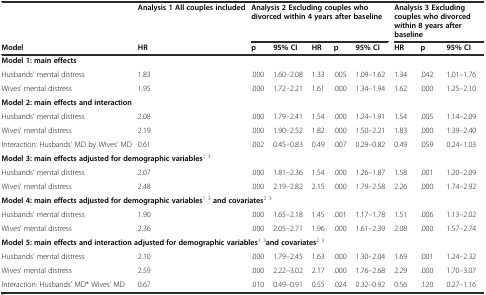
<table><thead><tr><td></td><td><b>Analysis 1 All couples included</b></td><td colspan="5"><b>Analysis 2 Excluding couples who divorced within 4 years after baseline</b></td><td colspan="3"><b>Analysis 3 Excluding couples who divorced within 8 years after baseline</b></td></tr><tr><td><b>Model</b></td><td><b>HR</b></td><td><b>p</b></td><td><b>95% CI</b></td><td><b>HR</b></td><td><b>p</b></td><td><b>95% CI</b></td><td><b>HR</b></td><td><b>p</b></td><td><b>95% CI</b></td></tr></thead><tbody><tr><td colspan="10"><b>Model 1: main effects</b></td></tr><tr><td>Husbands’ mental distress</td><td>1.83</td><td>.000</td><td>1.60–2.08</td><td>1.33</td><td>.005</td><td>1.09–1.62</td><td>1.34</td><td>.042</td><td>1.01–1.76</td></tr><tr><td>Wives’ mental distress</td><td>1.95</td><td>.000</td><td>1.72–2.21</td><td>1.61</td><td>.000</td><td>1.34–1.94</td><td>1.62</td><td>.000</td><td>1.25–2.10</td></tr><tr><td colspan="10"><b>Model 2: main effects and interaction</b></td></tr><tr><td>Husbands’ mental distress</td><td>2.08</td><td>.000</td><td>1.79–2.41</td><td>1.54</td><td>.000</td><td>1.24–1.91</td><td>1.54</td><td>.005</td><td>1.14–2.09</td></tr><tr><td>Wives’ mental distress</td><td>2.19</td><td>.000</td><td>1.90–2.52</td><td>1.82</td><td>.000</td><td>1.50–2.21</td><td>1.83</td><td>.000</td><td>1.39–2.40</td></tr><tr><td>Interaction: Husbands’ MD by Wives’ MD</td><td>0.61</td><td>.002</td><td>0.45–0.83</td><td>0.49</td><td>.007</td><td>0.29–0.82</td><td>0.49</td><td>.059</td><td>0.24–1.03</td></tr><tr><td colspan="10"><b>Model 3: main effects adjusted for demographic variables</b><sup>1</sup><sup>3</sup></td></tr><tr><td>Husbands’ mental distress</td><td>2.07</td><td>.000</td><td>1.81–2.36</td><td>1.54</td><td>.000</td><td>1.26–1.87</td><td>1.58</td><td>.001</td><td>1.20–2.09</td></tr><tr><td>Wives’ mental distress</td><td>2.48</td><td>.000</td><td>2.19–2.82</td><td>2.15</td><td>.000</td><td>1.79–2.58</td><td>2.26</td><td>.000</td><td>1.74–2.92</td></tr><tr><td colspan="10"><b>Model 4: main effects adjusted for demographic variables</b><sup>1</sup><sup>3</sup><b>and covariates</b><sup>2</sup><sup>3</sup></td></tr><tr><td>Husbands’ mental distress</td><td>1.90</td><td>.000</td><td>1.65–2.18</td><td>1.45</td><td>.001</td><td>1.17–1.78</td><td>1.51</td><td>.006</td><td>1.13–2.02</td></tr><tr><td>Wives’ mental distress</td><td>2.36</td><td>.000</td><td>2.05–2.71</td><td>1.96</td><td>.000</td><td>1.61–2.39</td><td>2.08</td><td>.000</td><td>1.57–2.74</td></tr><tr><td colspan="10"><b>Model 5: main effects and interaction adjusted for demographic variables</b><sup>1</sup><sup>3</sup><b>and covariates</b><sup>2</sup><sup>3</sup></td></tr><tr><td>Husbands’ mental distress</td><td>2.10</td><td>.000</td><td>1.79–2.45</td><td>1.63</td><td>.000</td><td>1.30–2.04</td><td>1.69</td><td>.001</td><td>1.24–2.32</td></tr><tr><td>Wives’ mental distress</td><td>2.59</td><td>.000</td><td>2.22–3.02</td><td>2.17</td><td>.000</td><td>1.76–2.68</td><td>2.29</td><td>.000</td><td>1.70–3.07</td></tr><tr><td>Interaction: Husbands’ MD* Wives’ MD</td><td>0.67</td><td>.010</td><td>0.49–0.91</td><td>0.55</td><td>.024</td><td>0.32–0.92</td><td>0.56</td><td>.120</td><td>0.27–1.16</td></tr></tbody></table>